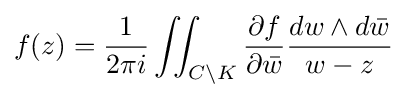
f(z)={\frac {1}{2\pi i}}\iint _{C\backslash K}{\frac {\partial f}{\partial {\bar {w}}}}{\frac {dw\wedge d{\bar {w}}}{w-z}}